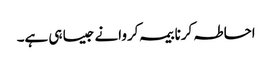
احاطہ کرنا بیمہ کروانے جیسا ہی ہے۔